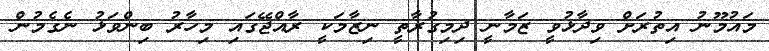
މައުމޫނު އިތުރަށް ވިދާޅުވީ ޒަމާނީ ދިމިގުރާތީ ނިޒާމަކީ ރާއްޖޭގައި މިހާރު ބިންވަޅު ނެގެމުން